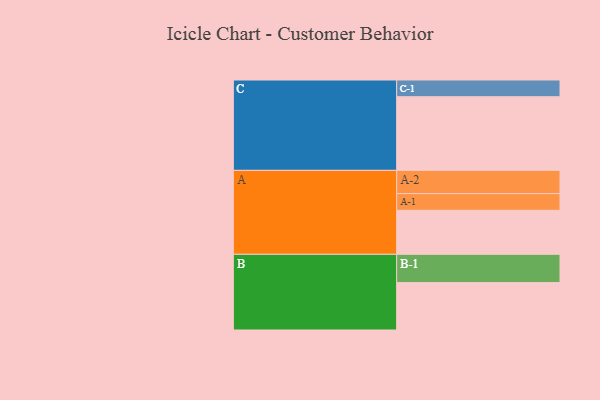
{"axis": {"x": "Segment", "y": "Value"}, "legend": ["", "A", "B", "C"], "data": [{"x": "A", "y": 347, "type": ""}, {"x": "B", "y": 374, "type": ""}, {"x": "C", "y": 581, "type": ""}, {"x": "A-1", "y": 132, "type": "A"}, {"x": "A-2", "y": 183, "type": "A"}, {"x": "B-1", "y": 223, "type": "B"}, {"x": "C-1", "y": 132, "type": "C"}]}